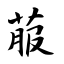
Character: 菔